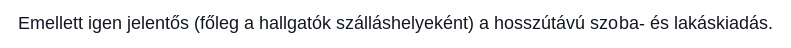
Emellett igen jelentős (főleg a hallgatók szálláshelyeként) a hosszútávú szoba- és lakáskiadás.